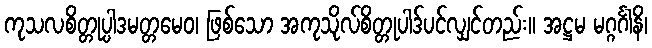
ကုသလစိတ္တုပ္ပါဒမတ္တမေဝ၊ ဖြစ်သော အကုသိုလ်စိတ္တုပါဒ်ပင်လျှင်တည်း။ အဋ္ဌမ မဂ္ဂင်္ဂါနိ၊